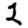
Digit: 2